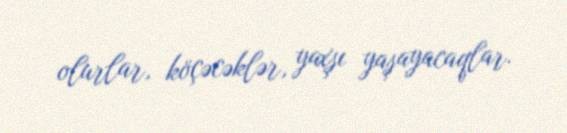
olurlar, köçəcəklər, yaxşı yaşayacaqlar.